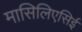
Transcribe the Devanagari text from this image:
मासिलिएसिई